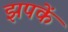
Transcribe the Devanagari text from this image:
झपकें